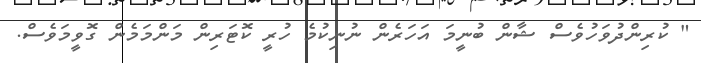
" ކުރިންދުވަހުވެސް ޝާން ބުނީމަ އަހަރެން ނުނިކުމެ ހުރީ ކޮޓަރިން މަންމަމެން ގޮވީމަވެސް.